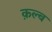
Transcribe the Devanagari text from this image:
क़ल्ब